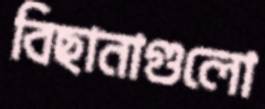
বিছানাগুলো